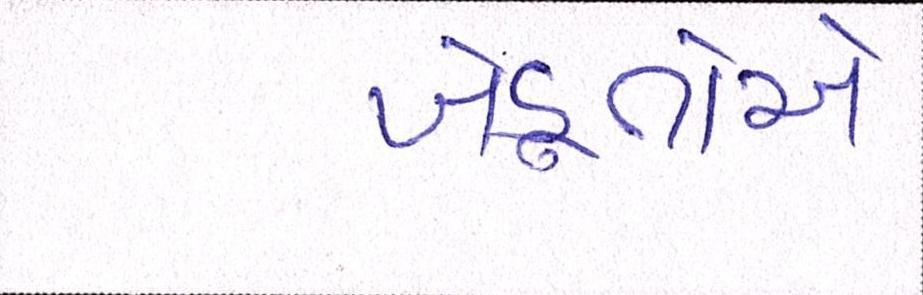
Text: ખેડ઼ૂતોએ